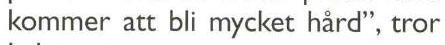
kommer att bli mycket hård", tror